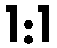
1:1